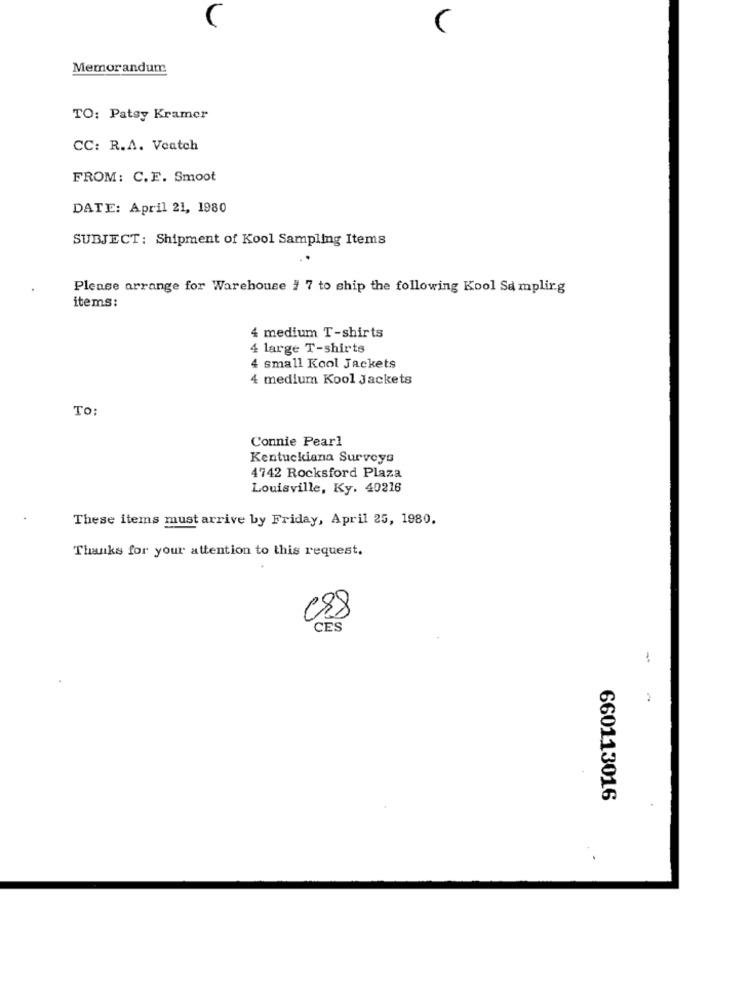
Memorandum
TO: Patsy Kramer
CC: R.A. Veatch
FROM: C.E. Smoot
DATE: April 21, 1980
SUBJECT: Shipment of Kool Sampling Items
Please arrange for Warehouse # 7 to ship the following Kool Se mplir.g
items:
4 medium T-shirts
4 large T-shirts
4 small Kool Jackets
4 medium Kool Jackets
TO:
Connie Pearl
Kentuckiana Surveys
4742 Rocksford Plaza
Louisville, Ky. 40216
These items must arrive by Friday, April 25, 1980.
Thanks for your attention to this request.
crs
CES
-
660113016